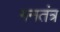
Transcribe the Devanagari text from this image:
गनतंत्र